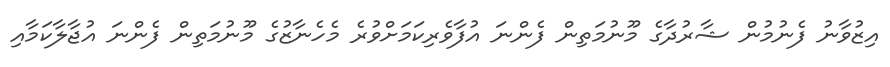
އިޒުވާނު ފެނުމުން ޝާރުދާގެ މޫނުމަތިން ފެންނަ އުފާވެރިކަމަށްވުރެ މެހެނާޒުގެ މޫނުމަތިން ފެންނަ އުޖާލާކަމާއި